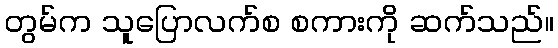
တွမ်က သူပြောလက်စ စကားကို ဆက်သည်။